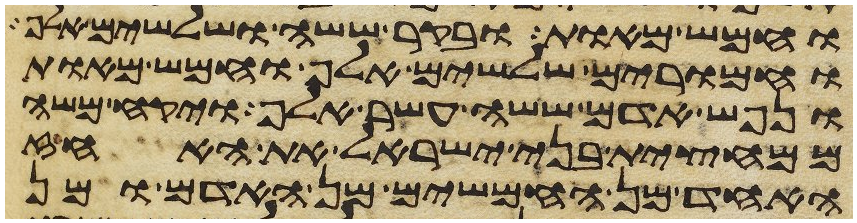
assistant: וחמש מאות ובקר ששה ושלשים אלף
וחמרים שלשים אלף וחמש מאות
ונפש אדם ששה עשר אלף ויקח משה
ממחצית בני ישראל את האחז
אחד מן החמשים מן האדם ומן